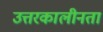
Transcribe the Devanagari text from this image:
उत्तरकालीनता